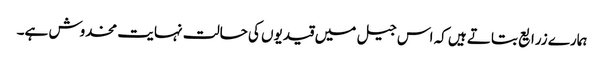
ہمارے زرایع بتاتے ہیں کہ اس جیل میں قیدیوں کی حالت نہایت مخدوش ہے۔